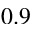
0 . 9